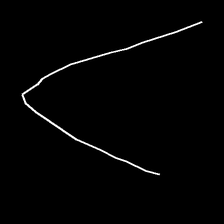
Glyph: region